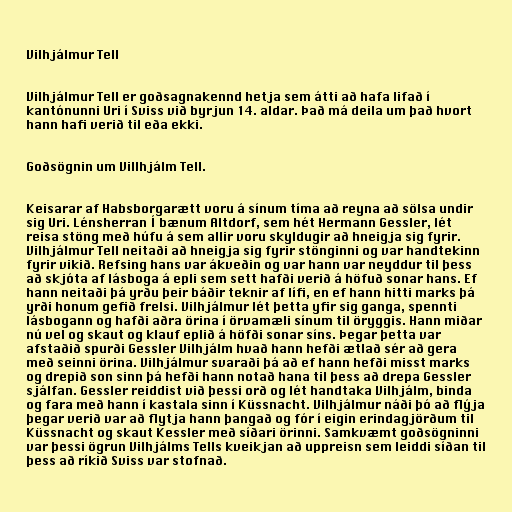
Vilhjálmur Tell

Vilhjálmur Tell er goðsagnakennd hetja sem átti að hafa lifað í
kantónunni Uri í Sviss við byrjun 14. aldar. Það má deila um það hvort
hann hafi verið til eða ekki.

Goðsögnin um Villhjálm Tell.

Keisarar af Habsborgarætt voru á sínum tíma að reyna að sölsa undir
sig Uri. Lénsherran Í bænum Altdorf, sem hét Hermann Gessler, lét
reisa stöng með húfu á sem allir voru skyldugir að hneigja sig fyrir.
Vilhjálmur Tell neitaði að hneigja sig fyrir stönginni og var handtekinn
fyrir vikið. Refsing hans var ákveðin og var hann var neyddur til þess
að skjóta af lásboga á epli sem sett hafði verið á höfuð sonar hans. Ef
hann neitaði þá yrðu þeir báðir teknir af lífi, en ef hann hitti marks þá
yrði honum gefið frelsi. Vilhjálmur lét þetta yfir sig ganga, spennti
lásbogann og hafði aðra örina í örvamæli sínum til öryggis. Hann miðar
nú vel og skaut og klauf eplið á höfði sonar síns. Þegar þetta var
afstaðið spurði Gessler Vilhjálm hvað hann hefði ætlað sér að gera
með seinni örina. Vilhjálmur svaraði þá að ef hann hefði misst marks
og drepið son sinn þá hefði hann notað hana til þess að drepa Gessler
sjálfan. Gessler reiddist við þessi orð og lét handtaka Vilhjálm, binda
og fara með hann í kastala sinn í Küssnacht. Vilhjálmur náði þó að flýja
þegar verið var að flytja hann þangað og fór í eigin erindagjörðum til
Küssnacht og skaut Kessler með síðari örinni. Samkvæmt goðsögninni
var þessi ögrun Vilhjálms Tells kveikjan að uppreisn sem leiddi síðan til
þess að ríkið Sviss var stofnað.